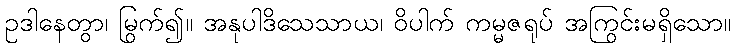
ဥဒါနေတွာ၊ မြွက်၍။ အနုပါဒိသေသာယ၊ ဝိပါက် ကမ္မဇရုပ် အကြွင်းမရှိသော။